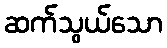
ဆက်သွယ်သော